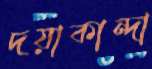
দয়াকান্দা